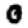
Digit: 0